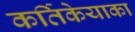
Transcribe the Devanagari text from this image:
कर्तिकेयाका